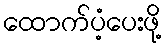
ထောက်ပံ့ပေးဖို့